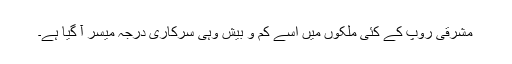
مشرقی روپ کے کئی ملکوں میں اسے کم و بیش وہی سرکاری درجہ میسر آ گیا ہے۔